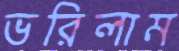
ভরিলাম